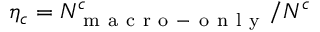
\eta _ { c } = N _ { \mathrm { ~ m ~ a ~ c ~ r ~ o ~ - ~ o ~ n ~ l ~ y ~ } } ^ { c } / N ^ { c }